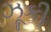
ઝૂકી